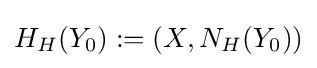
H_{H}(Y_{0}):=(X,N_{H}(Y_{0}))